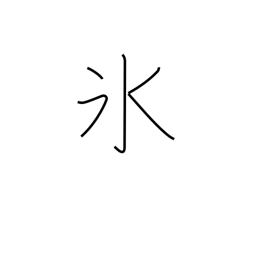
Meaning: freeze